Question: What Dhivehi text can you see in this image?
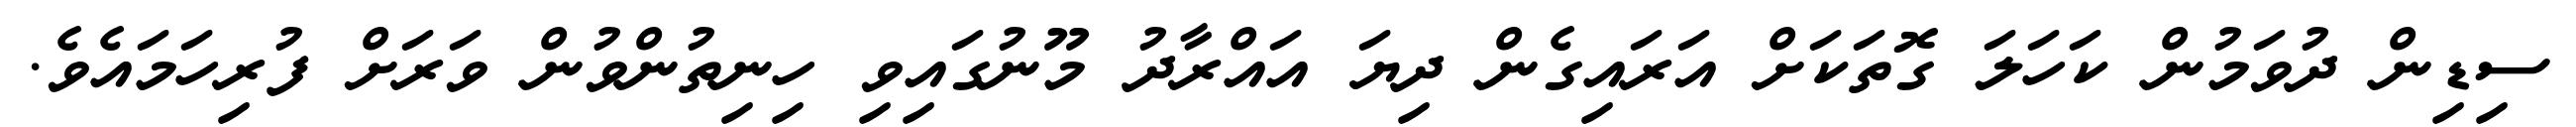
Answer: ސިޑިން ދުވަމުން ކަހަލަ ގޮތަކަށް އަރައިގެން ދިޔަ އައްރާދު މޫނުގައިވި ހިނިތުންވުން ވަރަށް ފުރިހަމައެވެ.